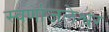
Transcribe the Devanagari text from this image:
स्वर्णाजलेश्वर